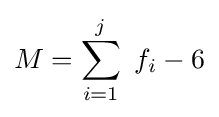
M=\sum _{i=1}^{j}\ f_{i}-6